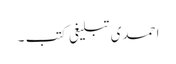
احمدی تبلیغی کتب ۔